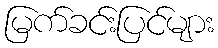
မြက်ခင်းပြင်များ